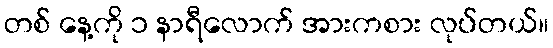
တစ် နေ့ကို ၁ နာရီလောက် အားကစား လုပ်တယ်။